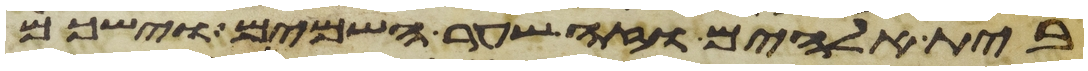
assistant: בית אלהים וזה שער השמים וישכם